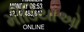
મીડિયાઓ